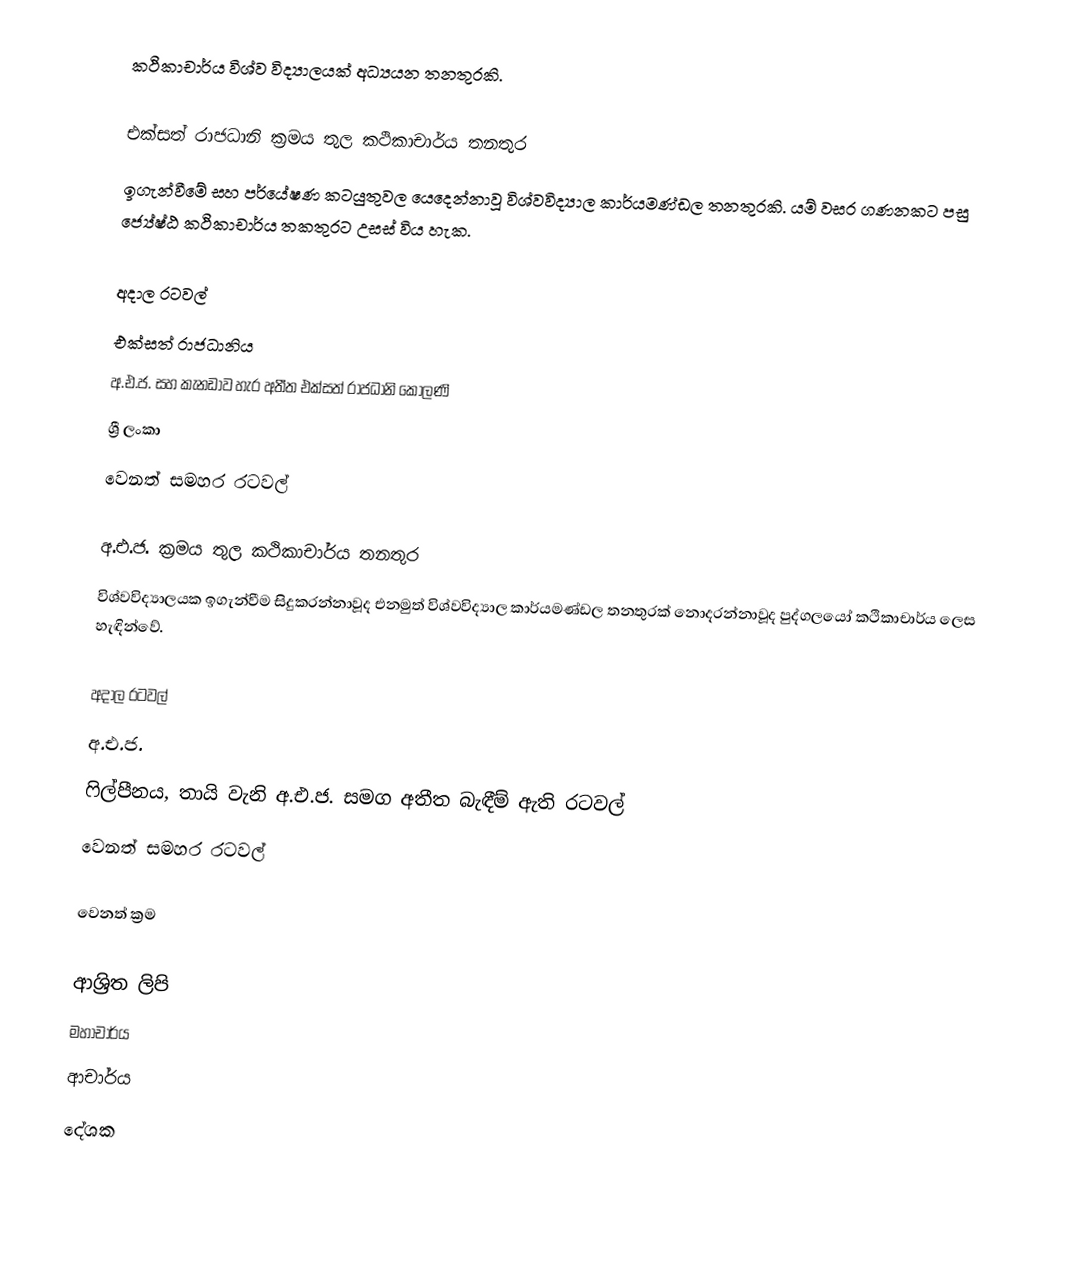
කථිකාචාර්ය විශ්ව විද්‍යාලයක් අධ්‍යයන තනතුරකි.

එක්සත් රාජධානි ක්‍රමය තුල කථිකාචාර්ය තනතුර
ඉගැන්වීමේ සහ පර්යේෂණ කටයුතුවල යෙදෙන්නාවූ විශ්වවිද්‍යාල කාර්යමණ්ඩල තනතුරකි. යම් වසර ගණනකට පසු ජ්‍යේෂ්ඨ කථිකාචාර්ය තකතුරට උසස් විය හැක.

අදාල රටවල්
 එක්සත් රාජධානිය
 අ.එ.ජ. සහ කැනඩාව හැර අතීත එක්සත් රාජධානි  කොලණි
 ශ්‍රී ලංකා
 වෙනත් සමහර රටවල්

අ.එ.ජ. ක්‍රමය තුල කථිකාචාර්ය තනතුර
විශ්වවිද්‍යාලයක ඉගැන්වීම සිදුකරන්නාවූද එනමුත් විශ්වවිද්‍යාල කාර්යමණ්ඩල තනතුරක් නොදරන්නාවූද පුද්ගලයෝ  කථිකාචාර්ය ලෙස හැඳින්වේ.

අදාල රටවල්
 අ.එ.ජ.
 ෆිල්පීනය, තායි වැනි අ.එ.ජ. සමග අතීත බැඳීම් ඇති රටවල්
 වෙනත් සමහර රටවල්

වෙනත් ක්‍රම

ආශ්‍රිත ලිපි
 මහාචාර්ය
 ආචාර්ය
 දේශක